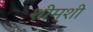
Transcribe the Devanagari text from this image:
शीम्शी